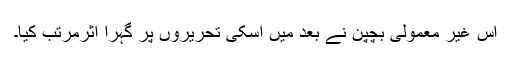
اس غیر معمولی بچپن نے بعد میں اسکی تحریروں پر گہرا اثرمرتب کیا۔